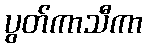
ပွတ်ကာသီကာ